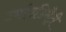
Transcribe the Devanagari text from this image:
टर्बायडिमेट्री